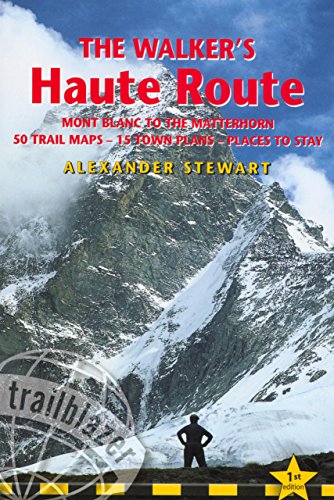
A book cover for Walkers' Haute Road: Mont Blanc To The Matterhorn (Trailblazer Guides); Alexander Der Stewart; Travel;